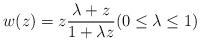
LaTeX: \begin{align*}w(z) = z \frac{\lambda + z}{1 + \lambda z} (0 \le \lambda\leq 1)\end{align*}